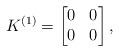
LaTeX: \begin{align*}K^{(1)}=\begin{bmatrix}0 & 0\\0 & 0\end{bmatrix},\end{align*}